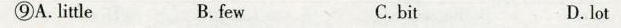
⑨A.little B. few C.bit D. lot